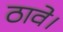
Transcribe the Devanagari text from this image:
ठावे।